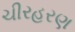
ચીરહરણ